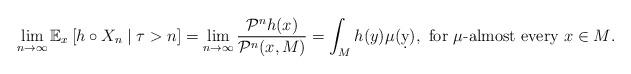
LaTeX: \begin{align*} \lim_{n\to\infty} \mathbb E_x\left[h\circ X_n \mid \tau>n\right] = \lim_{n\to\infty} \frac{\mathcal P^n h(x)}{\mathcal P^n(x,M)} = \int_M h(y) \mu(\d y), \mbox{ for $\mu$-almost every $x\in M$}. \end{align*}